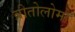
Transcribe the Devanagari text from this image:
बोतोलोमो